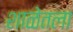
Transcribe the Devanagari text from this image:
शाळेतला